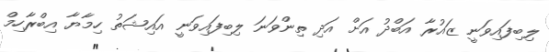
ލިބިފައިވަނީ ޒައުރާ އަބްދު އަށް އަދި ތިންވަނަ ލިބިފައިވަނީ އައިޝަތު ހިމާޔާ އިބްރާހިމް